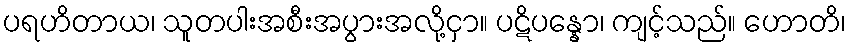
ပရဟိတာယ၊ သူတပါးအစီးအပွားအလို့ငှာ။ ပဋိပန္နော၊ ကျင့်သည်။ ဟောတိ၊